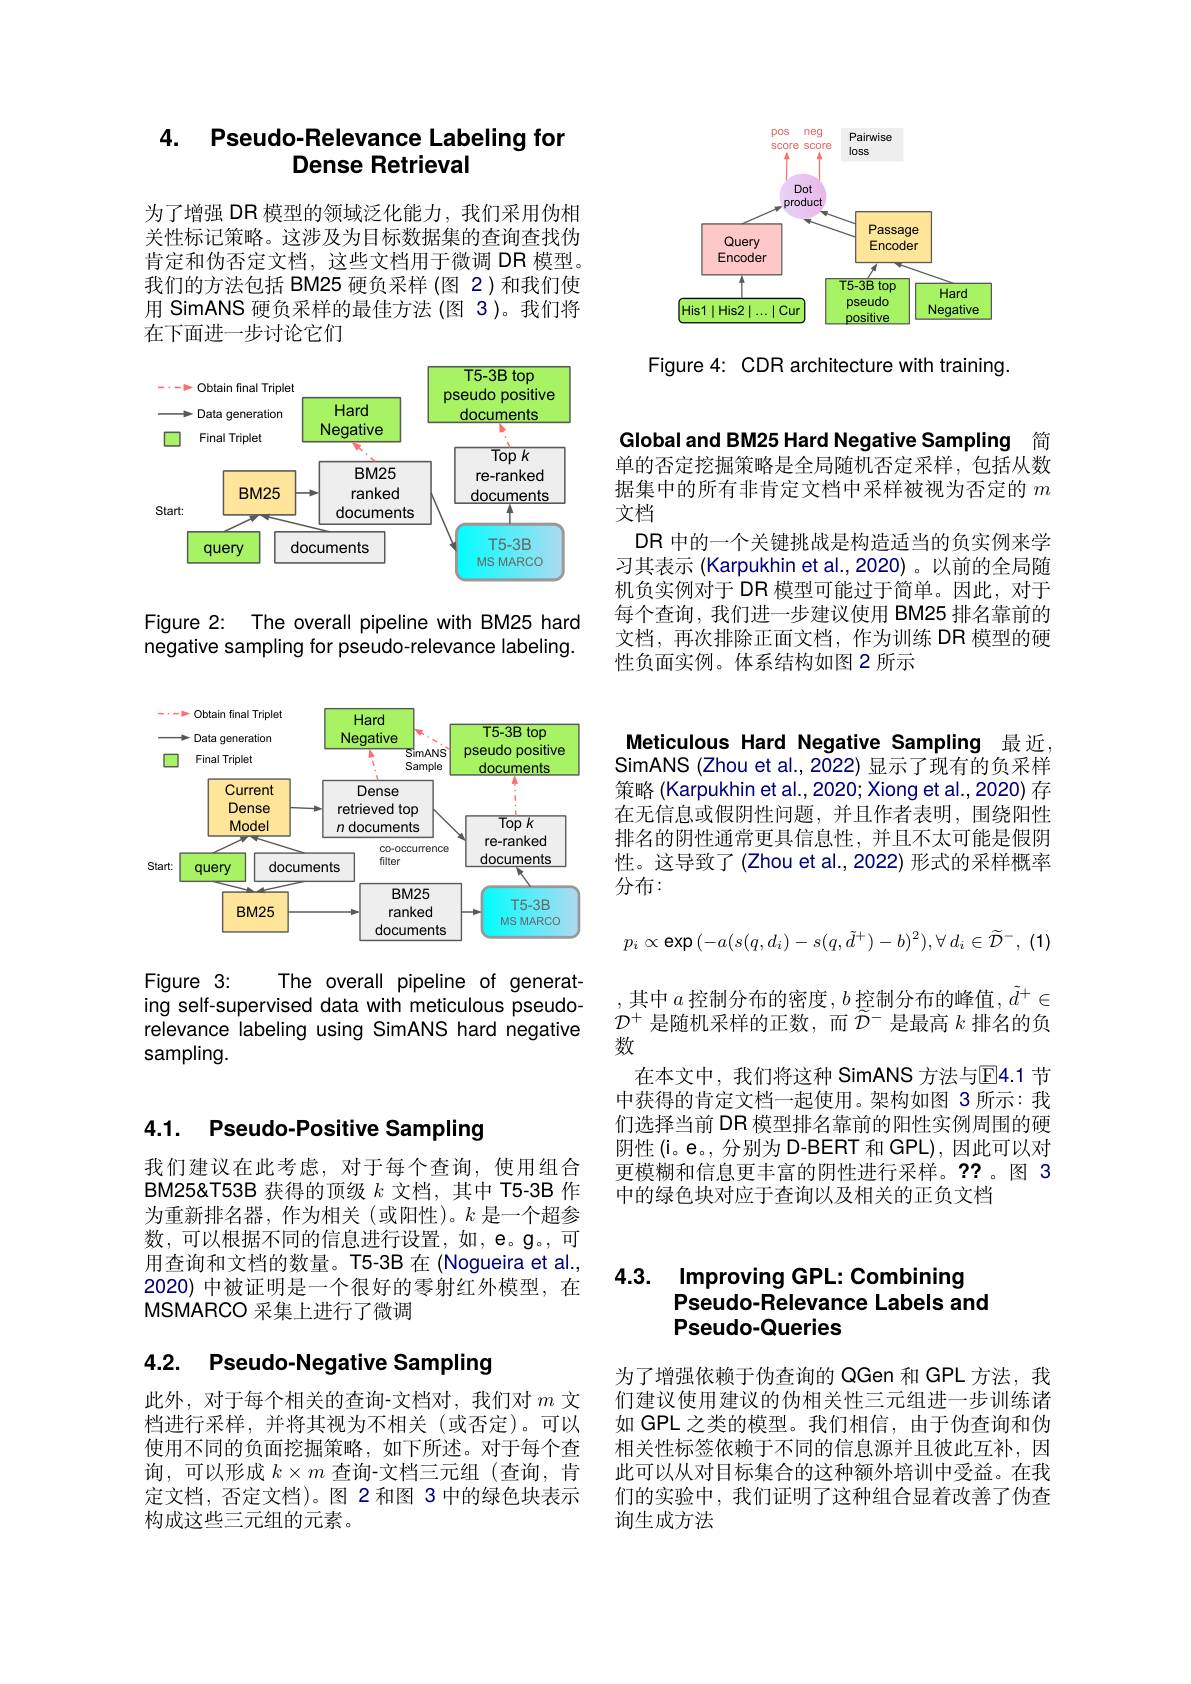
<FigureHere>

Figure 4: CDR architecture with training.

## 4. Pseudo-Relevance Labeling for Dense Retrieval

为了增强 DR 模型的领域泛化能力，我们采用伪相关性标记策略。这涉及为目标数据集的查询查找伪肯定和伪否定文档，这些文档用于微调 DR 模型。我们的方法包括 BM25 硬负采样 (图 2)和我们使用 SimANS 硬负采样的最佳方法 (图 3)。我们将在下面进一步讨论它们

<FigureHere>

Figure 2: The overall pipeline with BM25 hard negative sampling for pseudo-relevance labeling.

<FigureHere>

Figure 3:
The overall pipeline of generat-
ing self-supervised data with meticulous pseudorelevance labeling using SimANS hard negative sampling.

Global and BM25 Hard Negative Sampling 简单的否定挖掘策略是全局随机否定采样，包括从数据集中的所有非肯定文档中采样被视为否定的$m$ 文档
DR 中的一个关键挑战是构造适当的负实例来学习其表示 (Karpukhin et al., 2020) 。以前的全局随机负实例对于 DR 模型可能过于简单。因此，对于每个查询，我们进一步建议使用 BM25 排名靠前的文档，再次排除正面文档，作为训练 DR 模型的硬性负面实例。体系结构如图 2 所示

Meticulous Hard Negative Sampling 最近， SimANS (Zhou et al., 2022) 显示了现有的负采样策略 (Karpukhin et al.,2020; Xiong et al.,2020) 存在无信息或假阴性问题，并且作者表明，围绕阳性排名的阴性通常更具信息性，并且不太可能是假阴性。这导致了(Zhou et al., 2022) 形式的采样概率分布：
$$p_i\propto\text{exp}(-a(s(q,d_i)-s(q,\tilde{d}^+)-b)^2),\forall\:d_i\in\widetilde{\mathcal{D}}^-,\:(1)$$
,其中$a$ 控制分布的密度$,b$ 控制分布的峰值$,\tilde{d}^+\in$ $\mathcal{D}^+$是随机采样的正数，而$\widetilde{\mathcal{D}}^-$是最高$k$排名的负数
在本文中，我们将这种 SimANS 方法与$\mathbb{E}$4.1 节中获得的肯定文档一起使用。架构如图 3 所示：我们选择当前 DR 模型排名靠前的阳性实例周围的硬阴性(i。e。,分别为 D-BERT 和 GPL),因此可以对更模糊和信息更丰富的阴性进行采样。??。图 3中的绿色块对应于查询以及相关的正负文档

### 4.1. Pseudo-Positive Sampling

我们建议在此考虑，对于每个查询，使用组合BM25&T53B 获得的顶级$k$文档，其中 T5-3B 作为重新排名器，作为相关(或阳性)。$k$是一个超参数，可以根据不同的信息进行设置，如，e。g。,可用查询和文档的数量。T5-3B 在 (Nogueira et al., 2020) 中被证明是一个很好的零射红外模型，在MSMARCO 采集上进行了微调

## 4.2. Pseudo-Negative Sampling

此外，对于每个相关的查询-文档对，我们对$m$文档进行采样，并将其视为不相关(或否定)。可以使用不同的负面挖掘策略，如下所述。对于每个查询，可以形成$k\times m$查询-文档三元组(查询，肯定文档，否定文档)。图 2 和图 3 中的绿色块表示构成这些三元组的元素。

4.3. Improving GPL: Combining
Pseudo- Relevance Labels and
## Pseudo-Queries

为了增强依赖于伪查询的 QGen 和 GPL 方法，我们建议使用建议的伪相关性三元组进一步训练诸如 GPL 之类的模型。我们相信，由于伪查询和伪相关性标签依赖于不同的信息源并且彼此互补，因此可以从对目标集合的这种额外培训中受益。在我们的实验中，我们证明了这种组合显着改善了伪查询生成方法